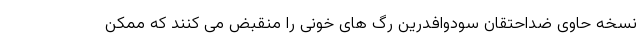
نسخه حاوی ضداحتقان سودوافدرین رگ های خونی را منقبض می کنند که ممکن